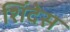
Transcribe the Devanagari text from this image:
शिंदेस